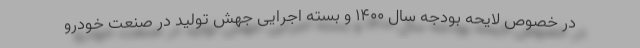
در خصوص لایحه بودجه سال ۱۴۰۰ و بسته اجرایی جهش تولید در صنعت خودرو